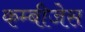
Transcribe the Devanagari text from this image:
कम्बीजेस